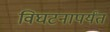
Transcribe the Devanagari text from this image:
विघटनापर्यंत